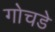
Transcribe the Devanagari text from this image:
गोचडे